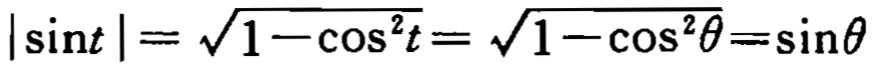
\(|\sin t| = \sqrt{1 - \cos^{2}t} = \sqrt{1 - \cos^{2}\theta}=\sin\theta\)